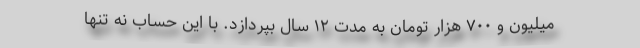
میلیون و ۷۰۰ هزار تومان به مدت ۱۲ سال بپردازد. با این حساب نه تنها